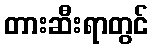
တားဆီးရာတွင်